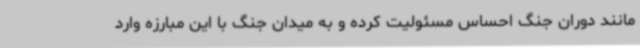
مانند دوران جنگ احساس مسئولیت کرده و به میدان جنگ با این‌ مبارزه وارد